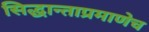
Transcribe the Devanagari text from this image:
सिद्धान्ताप्रमाणेच